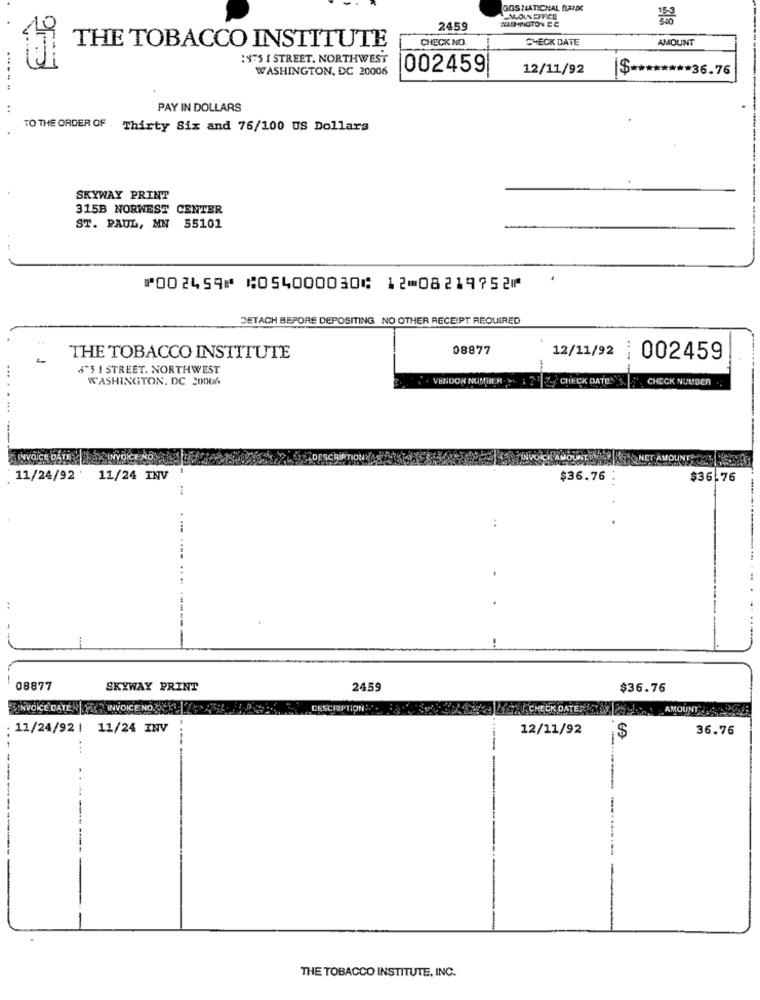
GGS NATIONAL BANK
2459
NASHINGTON EC
CHECK DATE
AMOUNT
THE TOBACCO INSTITUTE
CHECK NO.
1975 1 STREET. NORTHWEST
WASHINGTON, DC 20006
002459|
12/11/92
$ ******** 36.76
----- -
..
PAY IN DOLLARS
TO THE ORDER OF Thirty Six and 76/100 US Dollars
SKYWAY PRINT
315B NORWEST CENTER
ST. PAUL, MN 55101
⑈002459⑈ ⑆054000030⑆ 12⑉08219752⑈
DETACH BEFORE DEPOSITING NO OTHER RECEIPT REQUIRED
08877
12/11/92
THE TOBACCO INSTITUTE
..-
002459
6'S I STREET. NORTHWEST
...
WASHINGTON, DC 20006
VENDOR NUMBER . Y.
CHECK DATEN'S.
CHECK NUMBER
----
NET AMOUNT Z.
11/24/92'
11/24 INV
$36.76
$36.76
:
- -
08877
SKYWAY PRINT
2459
$36.76
INVOICE DATE | INVOICENO
DESCRIPTION :32
SAY CHECK DATI
AMOUNTS
11/24/92| 11/24 INV
12/11/92
36.76
$
-
THE TOBACCO INSTITUTE, INC.